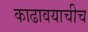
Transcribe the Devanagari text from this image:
काढावयाचीच